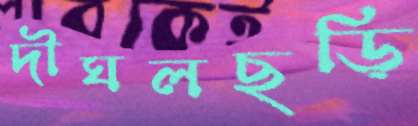
দীঘলছড়ি